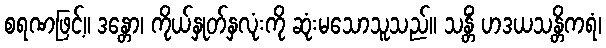
စရဏဖြင့်။ ဒန္တော၊ ကိုယ်နှုတ်နှလုံးကို ဆုံးမသောသူသည်။ သန္တိံ ဟဒယသန္တိကရံ၊